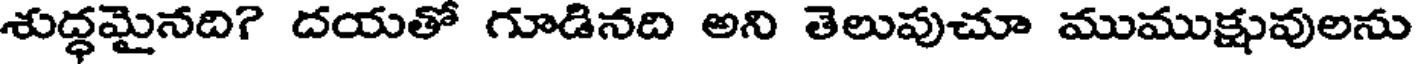
శుద్ధమైనది? దయతో గూడినది అని తెలుపుచూ ముముక్షువులను